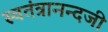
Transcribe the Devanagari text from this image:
स्वतंत्रानन्दजी